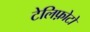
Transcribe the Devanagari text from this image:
टेलिफ़ोटो